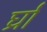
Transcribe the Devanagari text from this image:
र्घ्रां